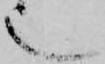
也